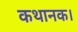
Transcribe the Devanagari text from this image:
कथानक।